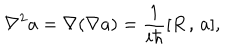
\nabla ^ { 2 } a = \nabla ( \nabla a ) = \frac 1 { i \hbar } [ R \, , \, a ] ,